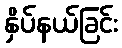
နှိပ်နယ်ခြင်း